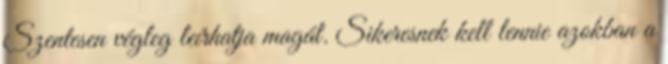
Szentesen végleg leírhatja magát. Sikeresnek kell lennie azokban a